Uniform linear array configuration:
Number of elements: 8
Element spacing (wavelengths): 0.5
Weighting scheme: uniform
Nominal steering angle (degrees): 30
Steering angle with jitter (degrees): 29.469
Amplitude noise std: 0.05
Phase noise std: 0.05

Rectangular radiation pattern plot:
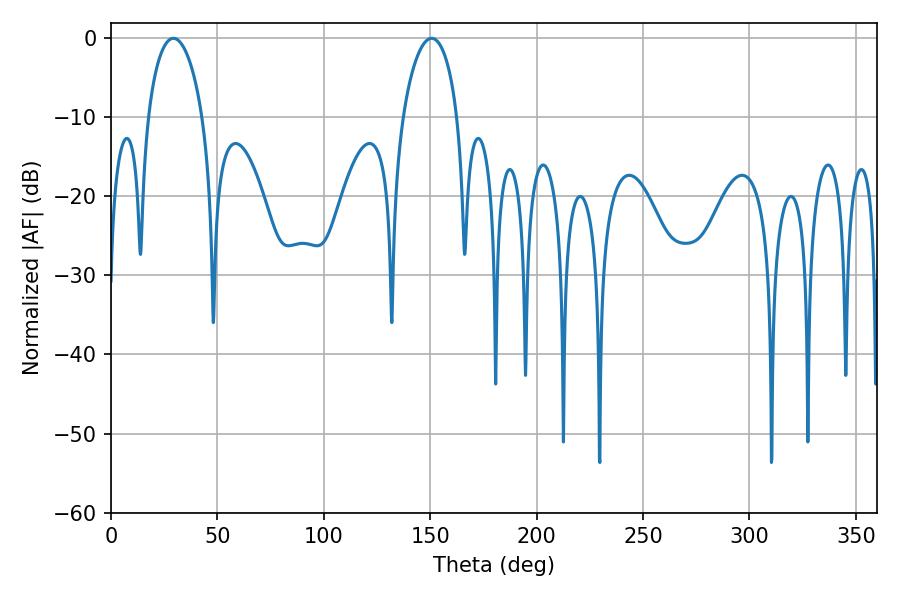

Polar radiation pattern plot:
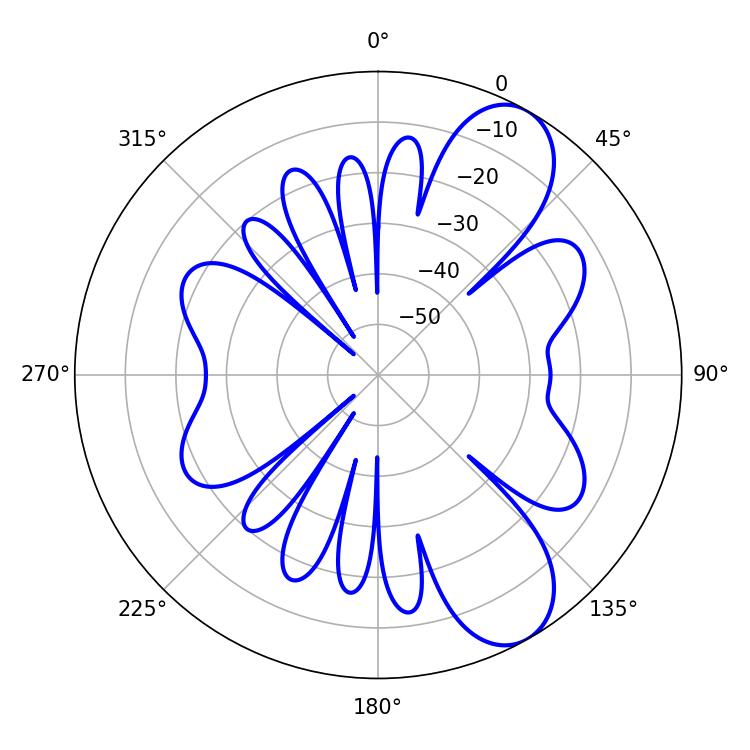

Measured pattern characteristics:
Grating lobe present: FALSE
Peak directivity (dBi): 8.694
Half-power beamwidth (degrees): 14.58
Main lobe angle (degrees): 29.34